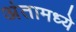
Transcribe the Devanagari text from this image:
अंतामध्ये